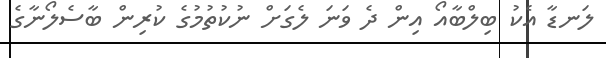
ލަނޑާ އެކު ބިލްބާއޯ އިން ދެ ވަނަ ލެގަށް ނުކުތުމުގެ ކުރިން ބާސެލޯނާގެ